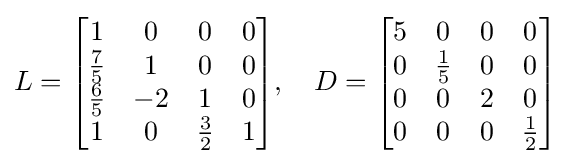
L={\begin{bmatrix}1&0&0&0\\{\frac {7}{5}}&1&0&0\\{\frac {6}{5}}&-2&1&0\\1&0&{\frac {3}{2}}&1\end{bmatrix}},\quad D={\begin{bmatrix}5&0&0&0\\0&{\frac {1}{5}}&0&0\\0&0&2&0\\0&0&0&{\frac {1}{2}}\end{bmatrix}}